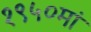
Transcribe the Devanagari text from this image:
१९५०मां